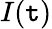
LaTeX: I(\mathtt{t})